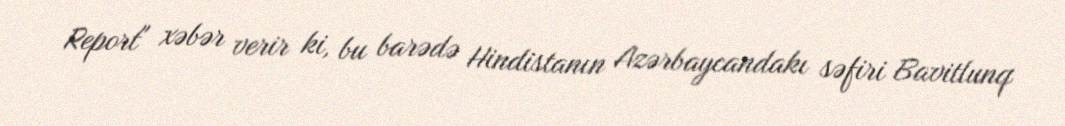
Report" xəbər verir ki, bu barədə Hindistanın Azərbaycandakı səfiri Bavitlunq